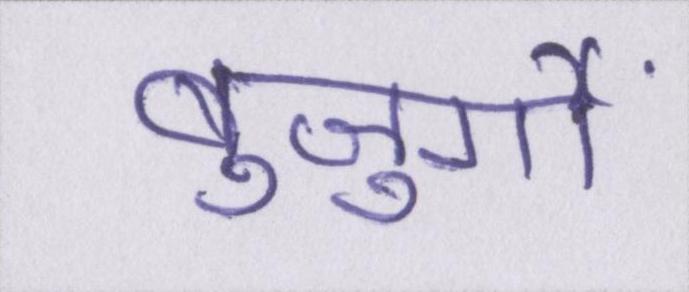
बुजुर्गों